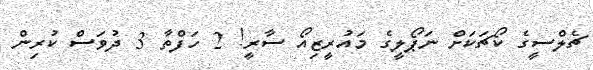
ޗެލްސީގެ ކޯޗަކަށް ނަޕޯލީގެ މައުރީޒިއޯ ސާރީ! 2 ހަފްތާ 3 ދުވަސް ކުރިން